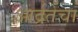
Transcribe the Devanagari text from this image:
आर्द्रतेचा